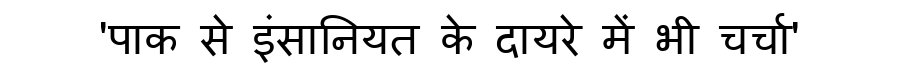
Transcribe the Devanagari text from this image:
'पाक से इंसानियत के दायरे में भी चर्चा'